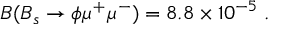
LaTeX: { \cal B } ( B _ { s } \to \phi \mu ^ { + } \mu ^ { - } ) = 8 . 8 \times 1 0 ^ { - 5 } \; .